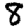
Digit: 8